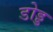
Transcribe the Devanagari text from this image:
डोड्ड